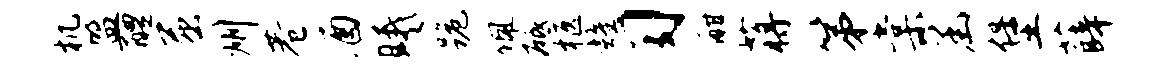
机盟醴屈州巷酒曦跪佩砥柩耀习酣蒋第棠函堡薛